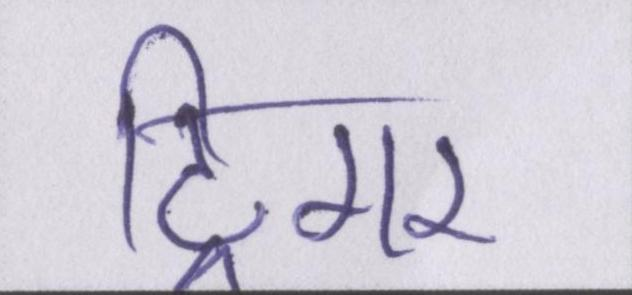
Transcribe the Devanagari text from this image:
ट्रिगर